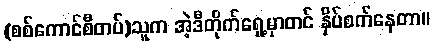
(စစ်ကောင်စီတပ်)သူက အဲ့ဒီတိုက်ရှေ့မှာတင် နှိပ်စက်နေတာ။